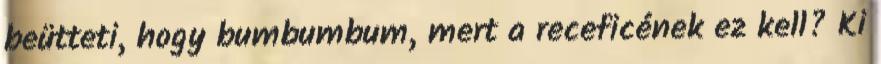
beütteti, hogy bumbumbum, mert a receficének ez kell? Ki